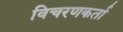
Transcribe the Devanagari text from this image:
विचरणकर्ता